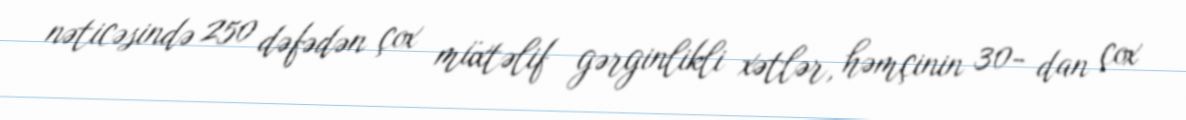
nəticəsində 250 dəfədən çox müxtəlif gərginlikli xətlər, həmçinin 30- dan çox